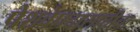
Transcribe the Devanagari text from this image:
पेशवेपदासाठीचा